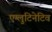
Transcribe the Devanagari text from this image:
एग्लुटिनेटिव